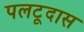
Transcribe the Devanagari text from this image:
पलटूदास